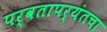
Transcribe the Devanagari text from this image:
पर्वतापर्यंतचा